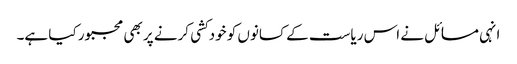
انہی مسائل نے اس ریاست کے کسانوں کو خودکشی کرنے پر بھی مجبور کیا ہے۔